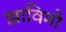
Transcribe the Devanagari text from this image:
झाविमो